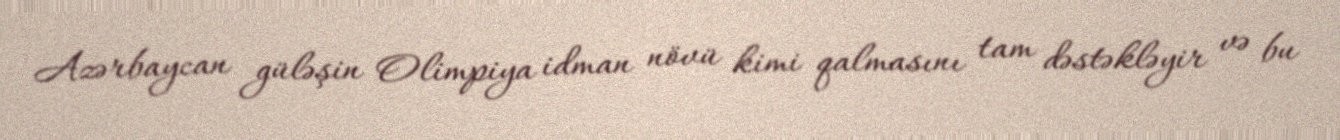
Azərbaycan güləşin Olimpiya idman növü kimi qalmasını tam dəstəkləyir və bu